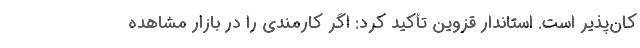
کان‌پذیر است. استاندار قزوین تأکید کرد: اگر کارمندی را در بازار مشاهده